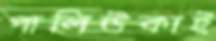
পালিউকাই